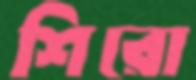
শিরো